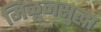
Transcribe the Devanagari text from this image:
मिळूनसुद्धा